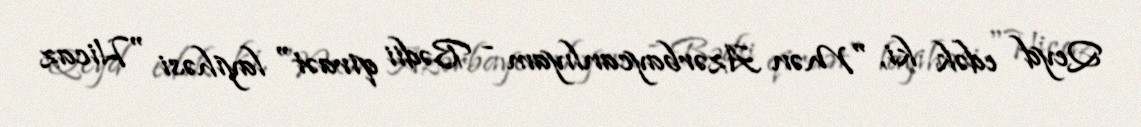
Qeyd edək ki, "Mən Azərbaycanlıyam - Bədii qiraət" layihəsi "Hicaz